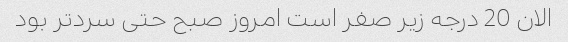
الان 20 درجه زیر صفر است امروز صبح حتی سردتر بود